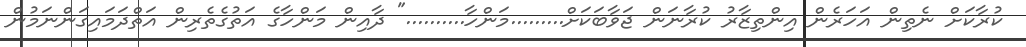
ކުރާކަށް ނެތިން އަހަރެން އިންތިޒާރު ކުރާނަން ޖަވާބަކަށް.........މަންހާ.........." ދާއިން މަންހާގެ އަތުގެތެރިން އަތްދަމައިގަންނަމުން